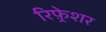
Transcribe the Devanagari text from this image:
रिफ़्रेशर